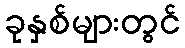
ခုနှစ်များတွင်